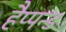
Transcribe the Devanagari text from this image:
हैप्पन्ड